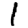
Digit: 1